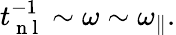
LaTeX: \begin{array}{r}{t_{\mathrm{~n~l~}}^{-1}\sim\omega\sim{\omega_{\parallel}}.}\end{array}